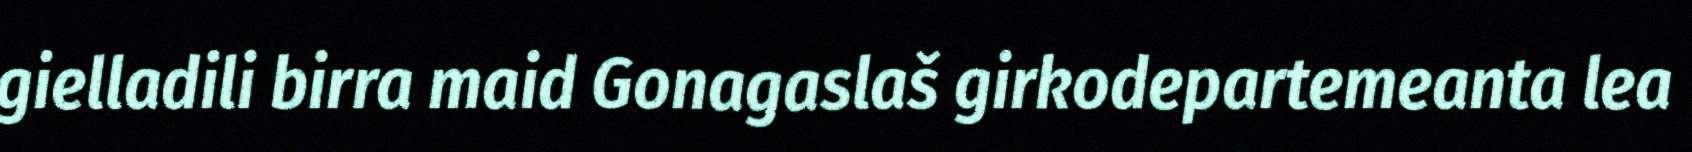
gielladili birra maid Gonagaslaš girkodepartemeanta lea